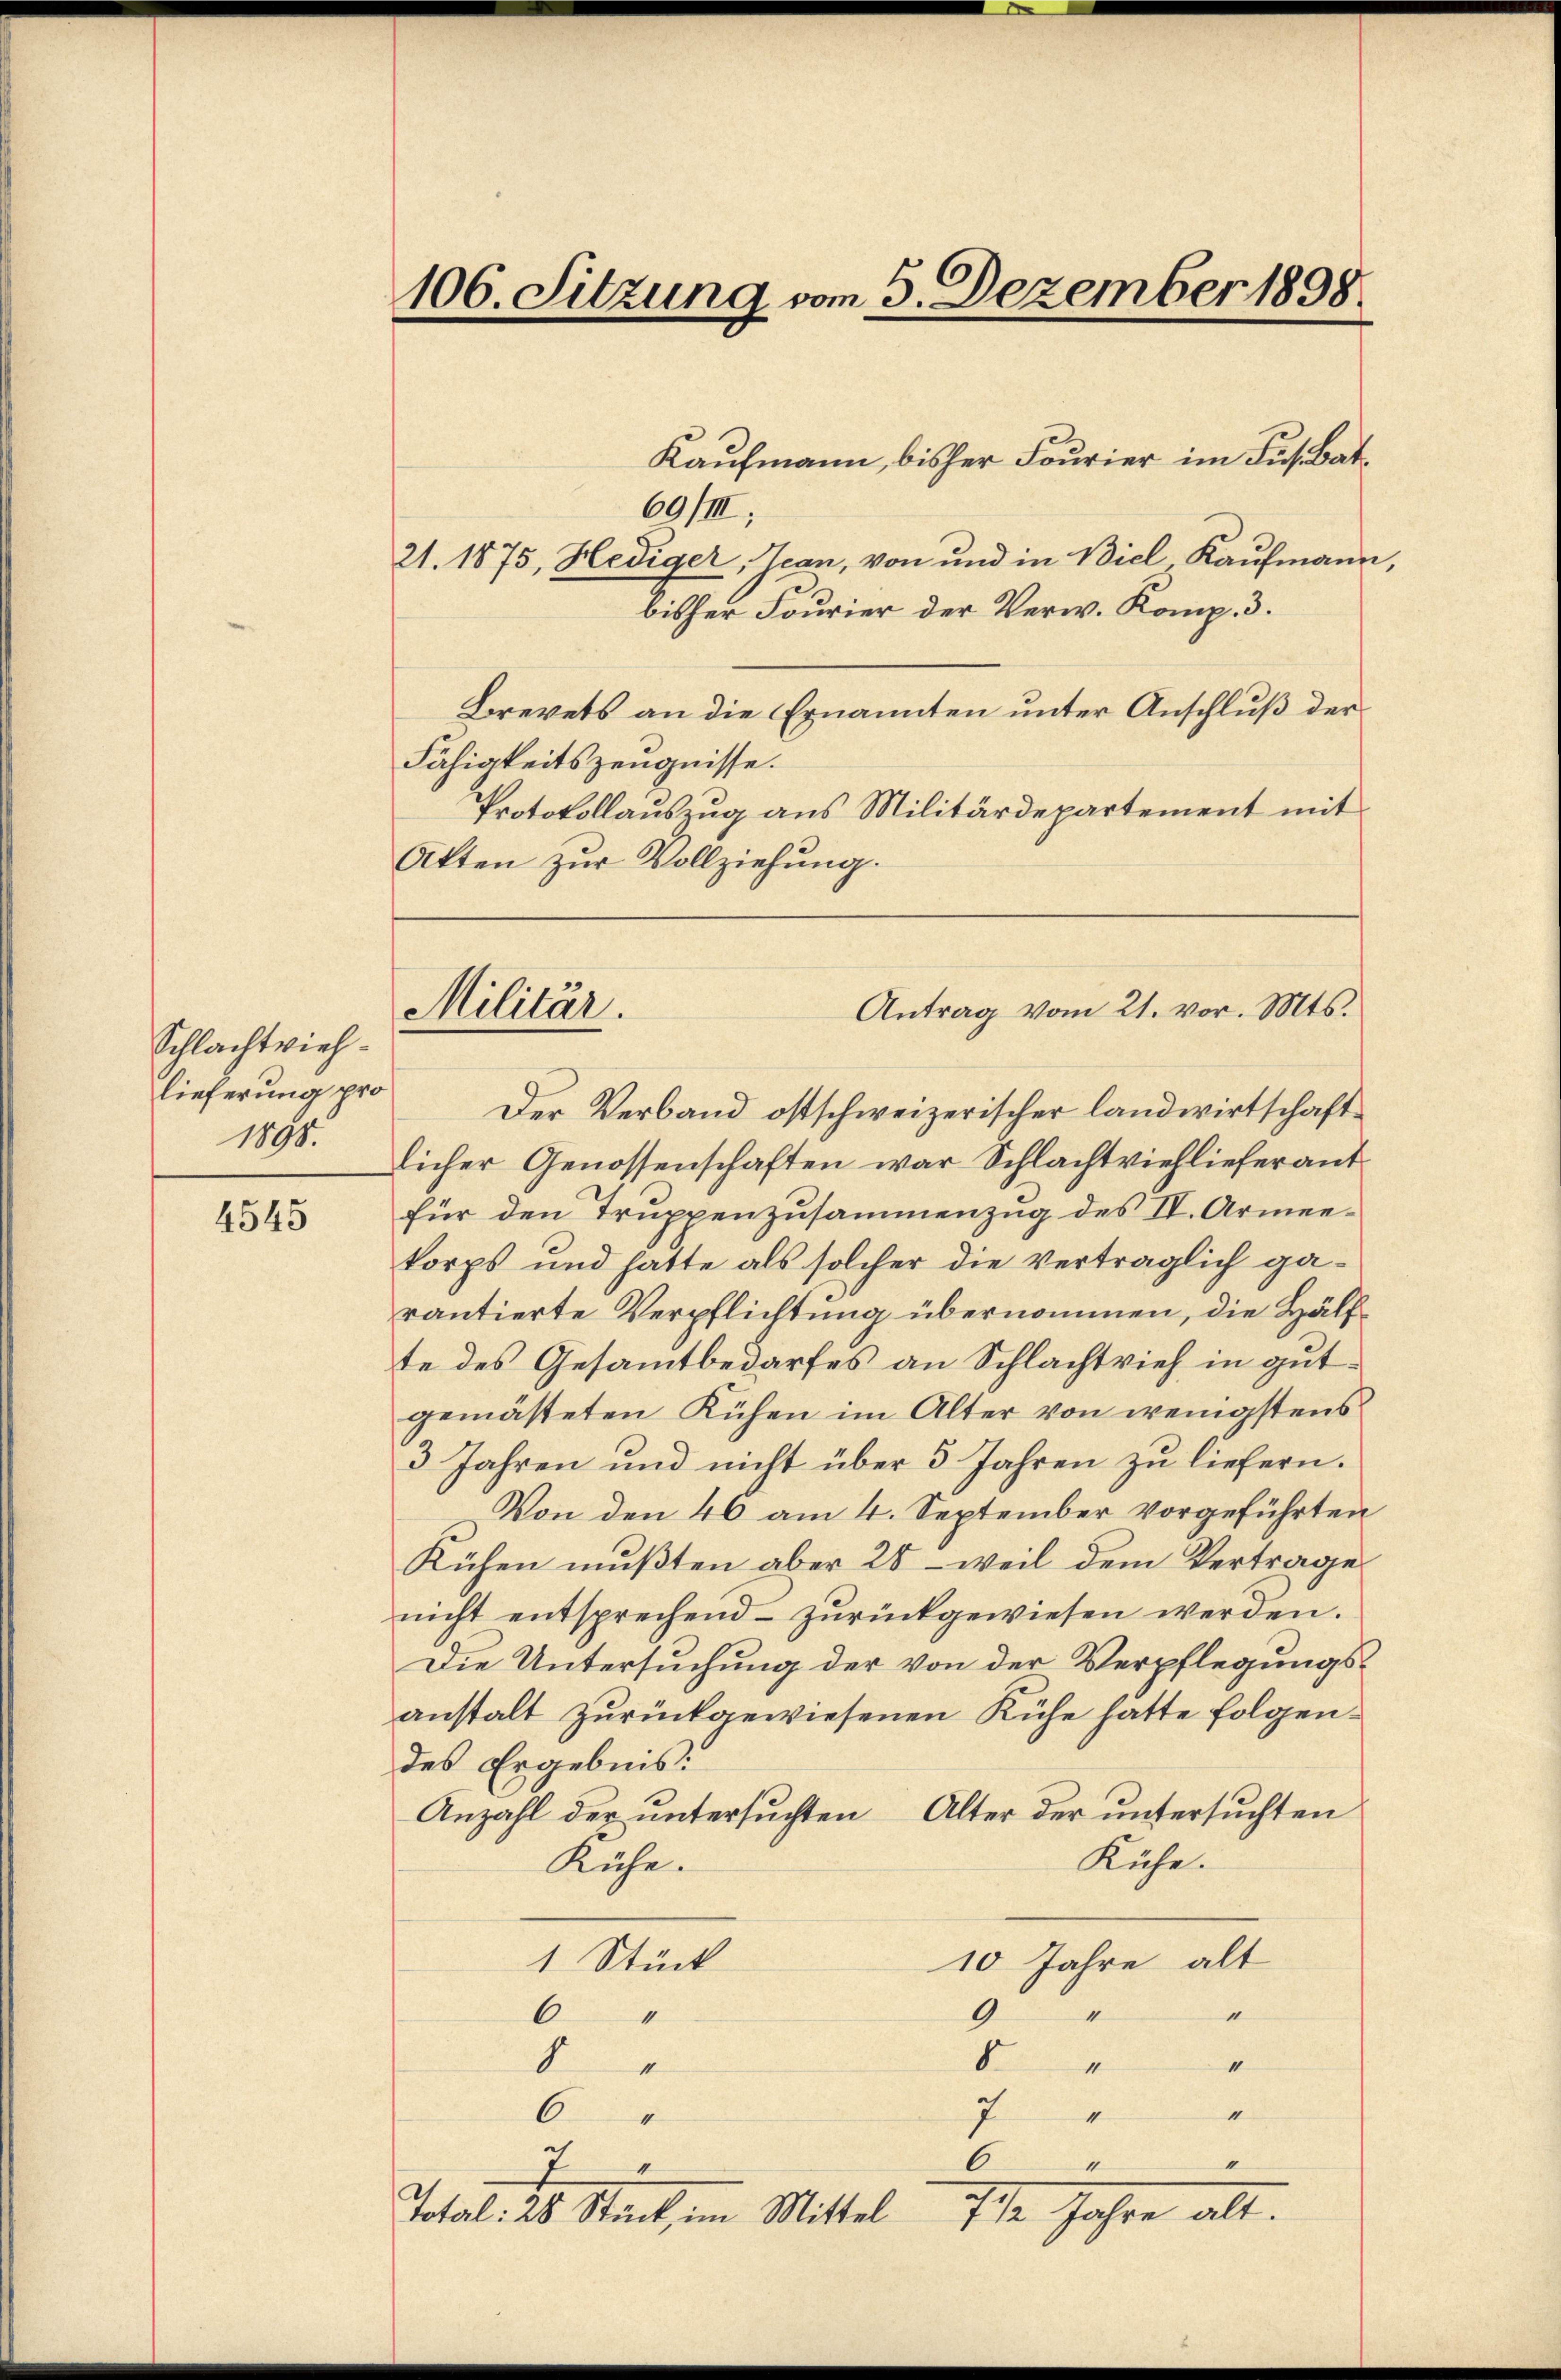
Schlachtviehlieferung pro
1891.

4545

106. Sitzung vom 5. Dezember 1898.

Kaufmann, bisher Fourier im Jus Bat¬
69/II,
21. 1875, Hediger, Tean, von und in Biel Kaufmann,
bisher Fourier der Verw. Komp. 3.
Brevets an die Ernannten unter Anschluß der
Fähigkeitszeugnisse.
Protokollauszug aus Militärdepartement mit
Akten zur Vollziehung.

Militär.

Der Verband ostschweizerischer landwirtschaftlicher Genossenschaften war Schlachtviehlieferant
für den Truppenzusammenzug des IV. Armeekorps und hatte als solcher die verträglich garantierte Verpflichtung übernommen, die Hälfte des Gesammtbedarfes an Schlachtvieh in gutgemästeten Kühen im Alter von wenigstens
3 Jahren und nicht über 3 Jahren zu liefern.
Von den 46 am 4. September vorgeführten
Kühen mußten aber 28 – weil dem Vertrage
nicht entsprechend zŭrückgewiesen werden.
Die Untersuchung der von der Verpflegungsanstalt zurückgewiesenen Kühe hatte folgendes Ergebnis.
Anzahl der untersuchten Alter der untersuchten
Kühe.
Rühe.
1 Stück
10 Jahre alt
1
9
4
6
4
d
s
4
I
II
7
6
4
4
4
6
1
4
a
712. Jahre alt.
Total: 28 Stück, im Mittel

Antrag vom 21. vor. Mts.